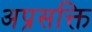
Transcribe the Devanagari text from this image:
अप्रसक्ति